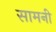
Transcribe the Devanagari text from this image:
सामनी